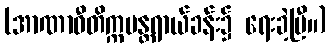
(အာဏာဝီတိက္ကမန္တရာယ်ခန်း၌ ရေးခဲ့ပြီ။)